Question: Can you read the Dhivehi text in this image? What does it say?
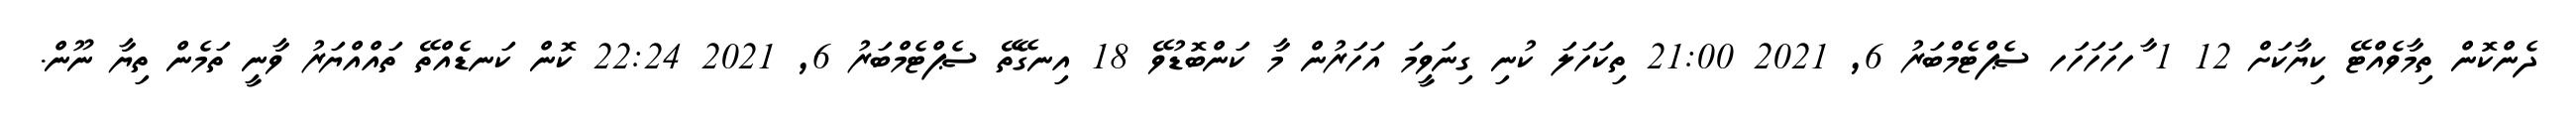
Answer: ދެންކޮން ތިމާވެއްޓޭ ކިޔާކަށް 12 1 ާހހަހަހަހ ސެޕްޓެމްބަރު 6, 2021 21:00 ތިކަހަލަ ކުނި ގިނަވީމަ އަހަރުން މާ ކަންބޮޑުވޭ 18 އިނގޭތޭ ސެޕްޓެމްބަރު 6, 2021 22:24 ކޮން ކަނޑެއްތޭ ތައްއްޔަރު ވާނީ ތަމެން ތިޔާ ނޫން.